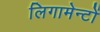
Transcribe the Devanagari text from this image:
लिगामेन्टों